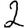
Digit: 2